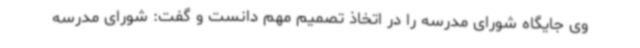
وی جایگاه شورای مدرسه را در اتخاذ تصمیم مهم دانست و گفت: شورای مدرسه